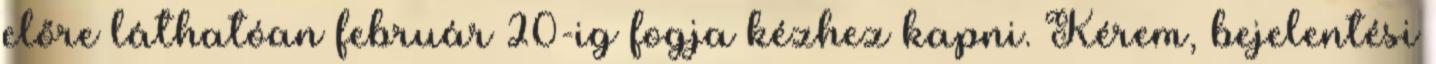
előre láthatóan február 20-ig fogja kézhez kapni. Kérem, bejelentési